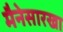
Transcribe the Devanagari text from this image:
मैनेसारखा